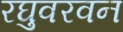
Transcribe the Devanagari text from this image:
रघुवरवन